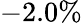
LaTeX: -2.0\%